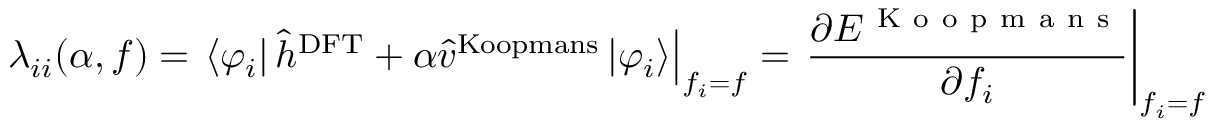
\lambda _ { i i } ( \alpha , f ) = \left. \left\langle \varphi _ { i } \right\vert \hat { h } ^ { \mathrm { D F T } } + \alpha \hat { v } ^ { \mathrm { K o o p m a n s } } \left\vert \varphi _ { i } \right\rangle \right\vert _ { f _ { i } = f } = \left. \frac { \partial E ^ { \mathrm { ~ K ~ o ~ o ~ p ~ m ~ a ~ n ~ s ~ } } } { \partial f _ { i } } \right\vert _ { f _ { i } = f }